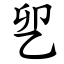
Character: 乮